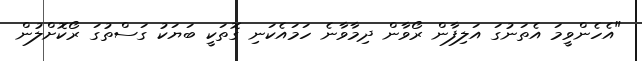
"އެހެންވީމަ އެތަނުގަ އަލިފާން ރޯވާން ދިމާވާނެ ހަމައެކަނި ގޮތަކީ ބަޔަކު ގަސްތުގަ ރޯކޮށްލުން